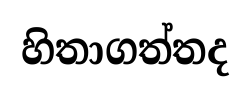
හිතාගත්තද